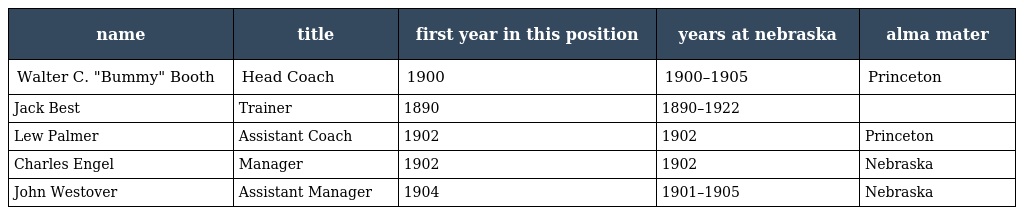
| name | title | first year in this position | years at nebraska | alma mater |
 | --- | --- | --- | --- | --- |
 | Walter C. "Bummy" Booth | Head Coach | 1900 | 1900–1905 | Princeton |
 | Jack Best | Trainer | 1890 | 1890–1922 |  |
 | Lew Palmer | Assistant Coach | 1902 | 1902 | Princeton |
 | Charles Engel | Manager | 1902 | 1902 | Nebraska |
 | John Westover | Assistant Manager | 1904 | 1901–1905 | Nebraska |